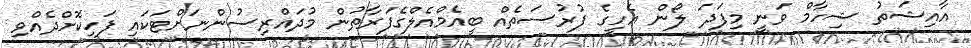
އާއިޝަތު ޝިހާމް ވަނީ މިފަދަ ލޯން އެހީގެ ފުރުސަތެއް ބީއެމްއެލްގެފަރާތުން މުދައްރިސުންނަށްޓަކައި ފަހިކޮށްދެއްވި